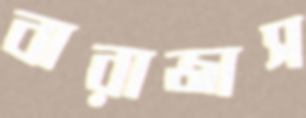
বারাজাস